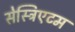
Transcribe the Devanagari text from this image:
सेस्ट्रिएटम